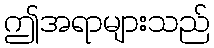
ဤအရာများသည်